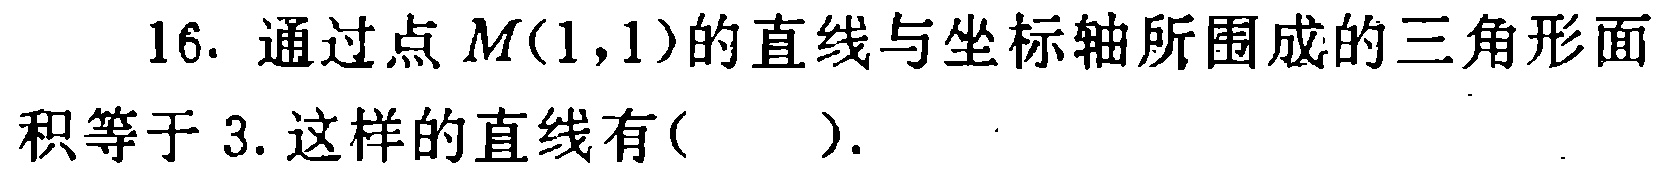
16. 通过点 \(M(1,1)\)的直线与坐标轴所围成的三角形面积等于 3. 这样的直线有( ).